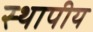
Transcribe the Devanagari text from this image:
स्थापीय